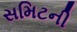
સમિટની